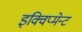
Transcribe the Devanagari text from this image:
इक्विप्मेन्ट